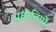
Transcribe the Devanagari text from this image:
प्रतीतियों